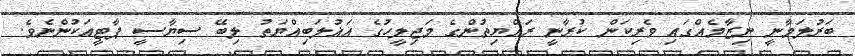
ބަރުލަމާނީ ނިޒާމެއްގައި ވެރިކަން ކުރާނީ ރައްޔިތުންގެ މަޖިލީހުގެ އަޣުލަބިއްޔަތު ލިބޭ ސިޔާސީ ޕާޓީއަކުންނެވެ.